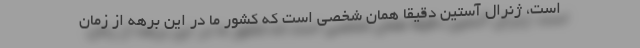
است، ژنرال آستین دقیقا همان شخصی است که کشور ما در این برهه از زمان